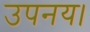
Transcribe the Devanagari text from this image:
उपनय।